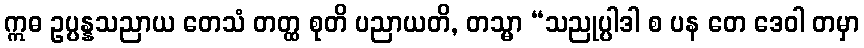
ဣဓ ဥပ္ပန္နသညာယ တေသံ တတ္ထ စုတိ ပညာယတိ, တသ္မာ “သညုပ္ပါဒါ စ ပန တေ ဒေဝါ တမှာ